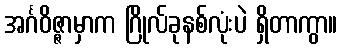
အင်္ဂဝိဇ္ဇာမှာက ဂြိုလ်ခုနစ်လုံးပဲ ရှိတာကွာ။